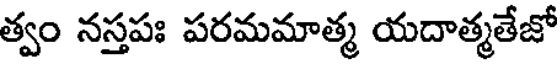
త్వం నస్తపః పరమమాత్మ యదాత్మతేజో